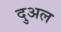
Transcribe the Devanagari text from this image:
दुअल